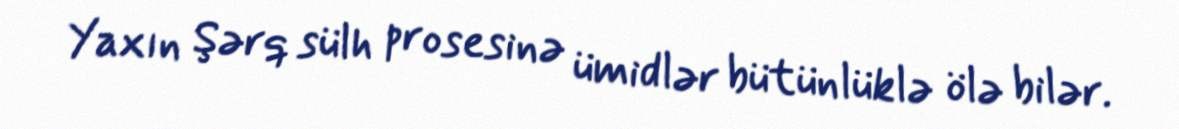
Yaxın Şərq sülh prosesinə ümidlər bütünlüklə ölə bilər.